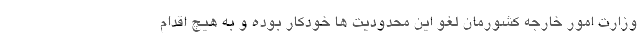
وزارت امور خارجه کشورمان لغو این محدودیت ها خودکار بوده و به هیچ اقدام